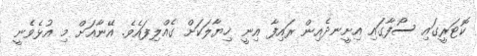
ކޮޓަރީގައި ސޯފާގައި އިށީނދެއިން ރައިފާ އިނީ ޚިޔާލަކަށް ގެއްލިފައެވެ. އޭނާއަށް މި އުޅެވެނީ